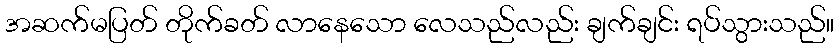
အဆက်မပြတ် တိုက်ခတ် လာနေသော လေသည်လည်း ချက်ချင်း ရပ်သွားသည်။